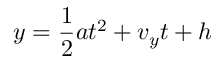
y = { \frac { 1 } { 2 } } a t ^ { 2 } + v _ { y } t + h